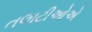
તલાટીઓએ